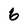
Character: 6